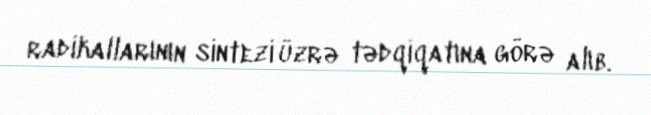
radikallarının sintezi üzrə tədqiqatına görə alıb.